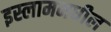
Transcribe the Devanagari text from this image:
इस्लाममधील